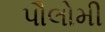
પૌલોમી